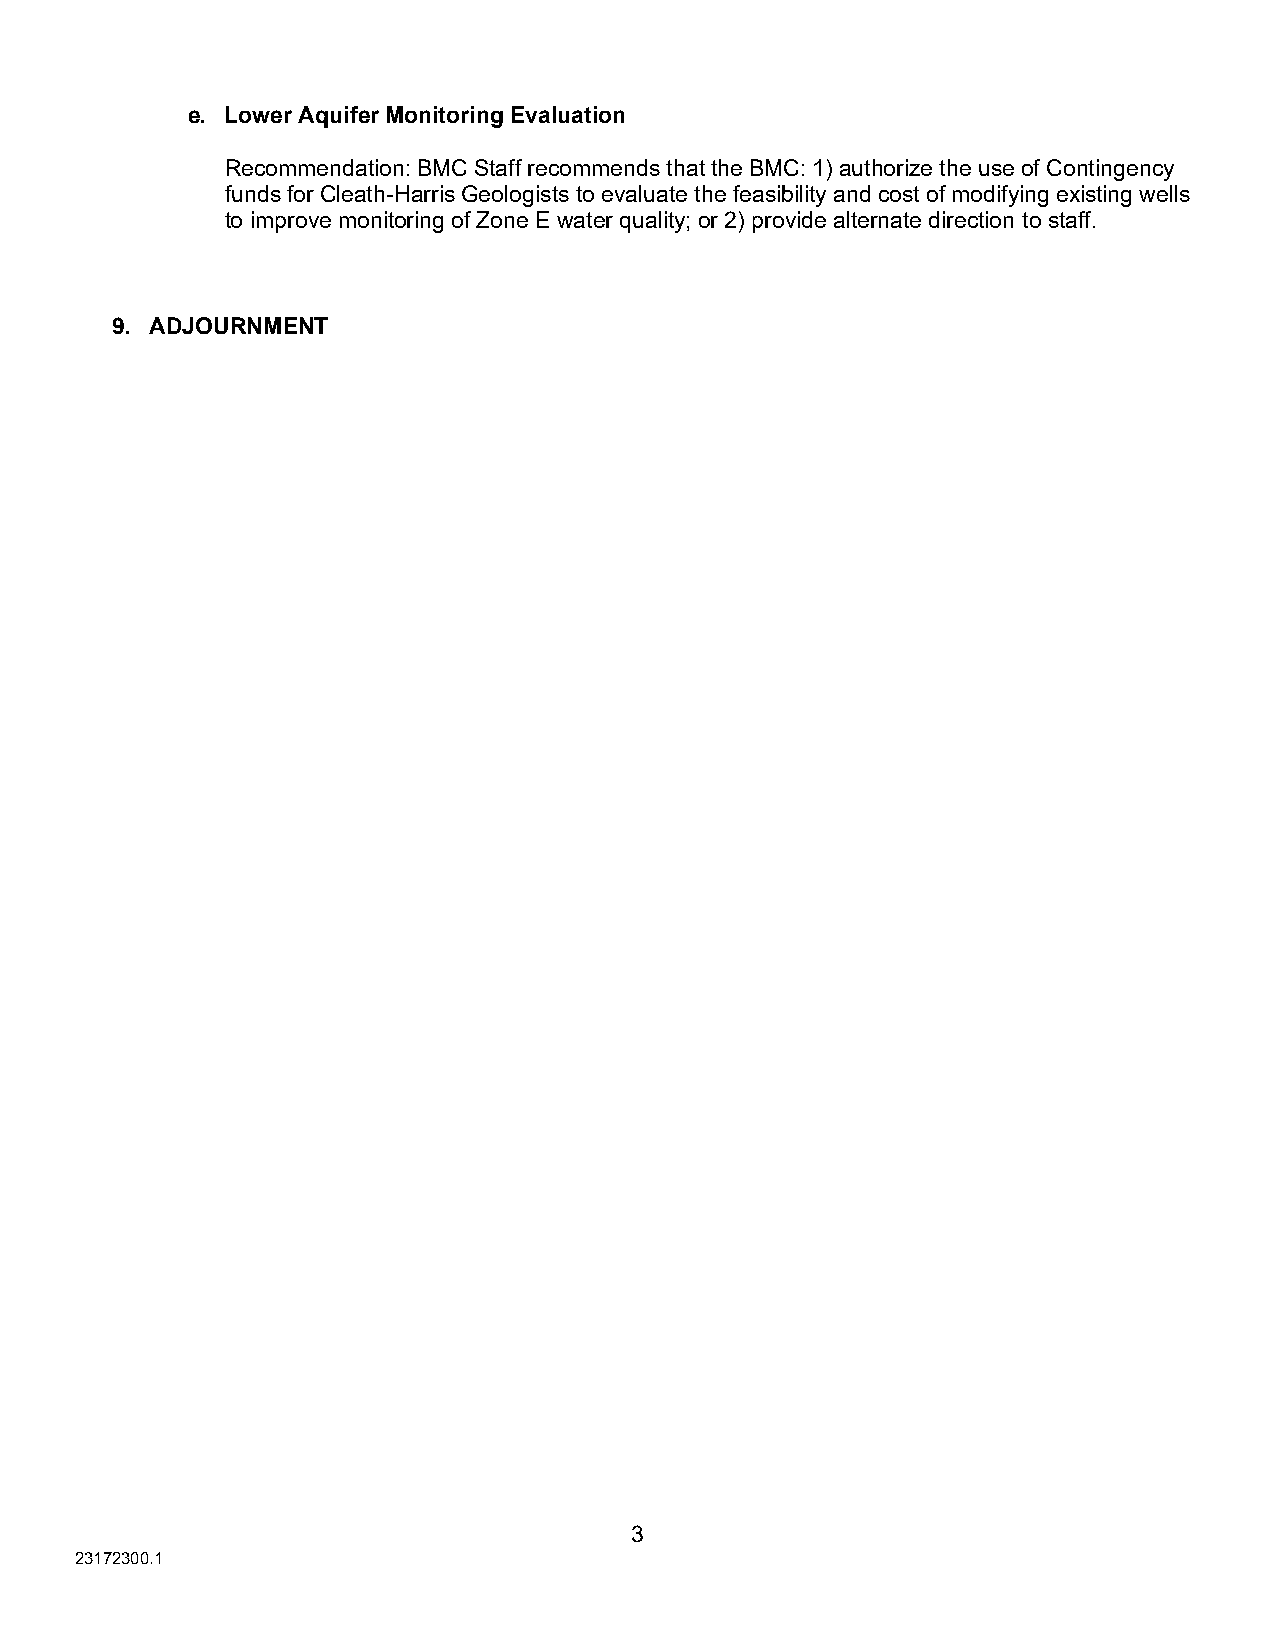
e. Lower Aquifer Monitoring Evaluation
 Recommendation: BMC Staff recommends that the BMC: 1) authorize the use of Contingency
 funds for Cleath-Harris Geologists to evaluate the feasibility and cost of modifying existing wells
 to improve monitoring of Zone E water quality; or 2) provide alternate direction to staff.
 9. ADJOURNMENT
 3
 2 3172300.1